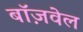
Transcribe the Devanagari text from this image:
बॉज़वेल